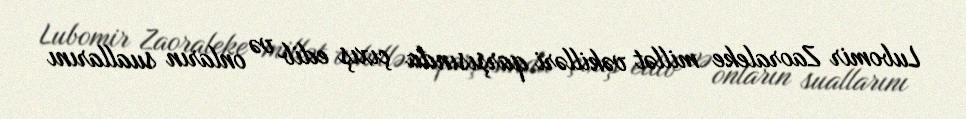
Lubomir Zaoraleke millət vəkilləri qarşısında çıxış edib və onların suallarını